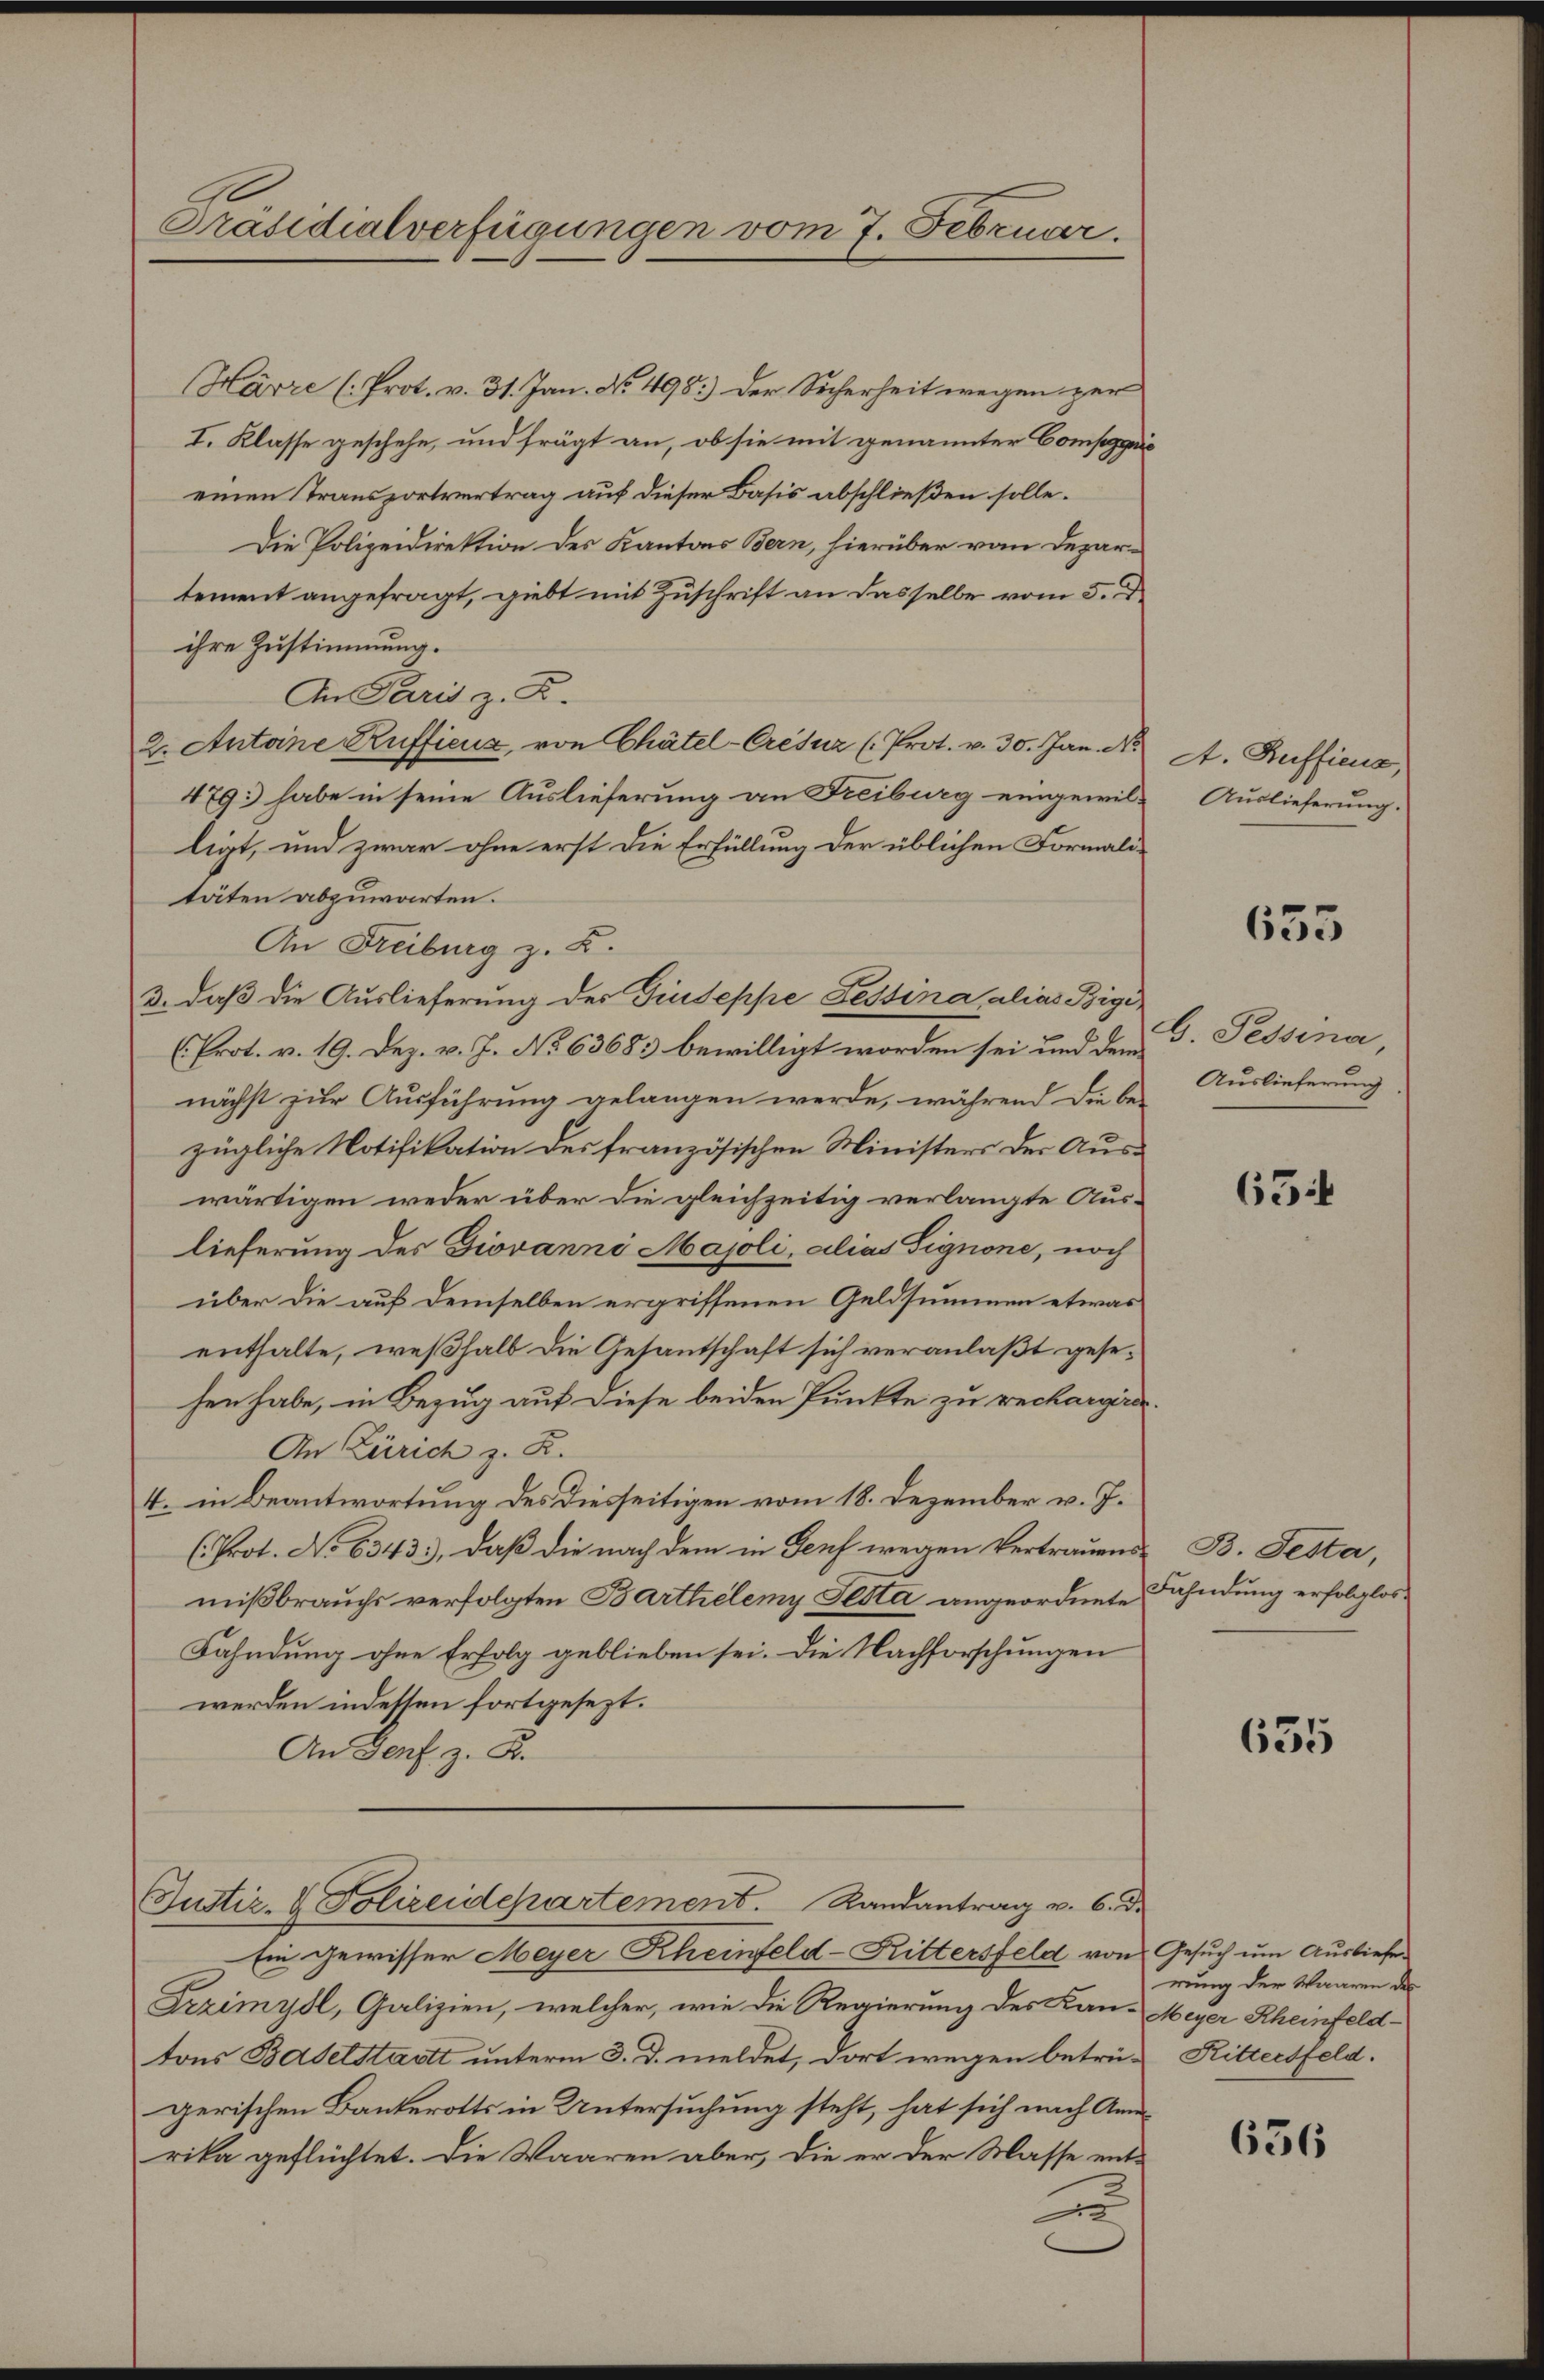
Präsidialverfügungen vom 7. Februar.

Justiz- & Polizeidepartement. Randantrag v. 6. d.

Harre (Prot. v. 31. Jan. No. 498.) Der Sicherheit wegen zur
I. Klasse geschehe, und frägt an, ob sie mit genannter Compagnie
einen Transportvertrag auf dieser Basis abschließen solle.
Die Polizeidirektion des Kantons Bern, hierüber vom Departement angefragt, giebt mit Zuschrift an dasselbe vom 5. d.
ihre Zustimmung.
An Paris z. B.
2. Antoine Ruffieux, von Chätel-Crésur (Prot. v. 30. Jan. No
479: habe in seine Auslieferung an Freiburg eingewilligt, und zwar ohne erst die Erfüllung der üblichen Formali
täten abzuwarten.
An Freiburg z. B.
3. daß die Auslieferung des Giuseppe Fessina alias Bigi,
(Prot. v. 19. Dez. v. J. No 63683 bewilligt worden sei und dem 5. Pessina,
nächst zur Ausführung gelangen werde, während die be-
zügliche Notifikation des französischen Ministers der Auswärtigen weder über die gleichzeitig verlangte Auslieferung des Giovanni Majoli, alias Signone, noch
über die auf demselben ergriffenen Geldsummen etwas
enthalte, weßhalb die Gesantschaft sich veranlaßt gesehen habe, in Bezug auf diese beiden Punkte zu rechargirer¬
An Zürich z. Z.
4. in Beantwortung des diesseitigen vom 18. Dezember v. J.
(Prot. No 6343), daß die nach dem in Genf wegen Vertrauensmißbrauchs verfolgten Barthelemy Testa angeordnete Fahndung erfolglos¬
Fahndung ohne Erfolg geblieben sei. Die Nachforschungen
werden indessen fortgesezt.
An Genf z. B.

Ein gewisser Meyer Rheinfeld-Kittersfeld von Gesuch um Ausliefe
Zzimydl, Galizien, welcher, wie die Regierung des Kan-Meyer Rheinfeld-
tons Baselstadt unterm 3. d. meldet, dort wegen betrü- Rittersfeld.
gerischen Bankerotts in Untersuchung steht, hat sich nach Anrika geflüchtet. Die Waaren aber, die er der Masse ent¬
u

A. Rufficus,
Auslieferung.

635

Auslieferung

65

B. Testa,

635

rung der Waaren des

656